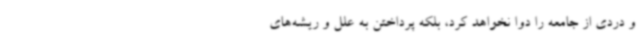
و دردی از جامعه را دوا نخواهد کرد، بلکه پرداختن به علل و ریشه‌های